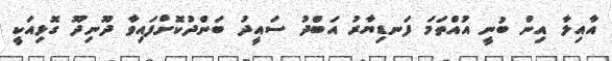
އާއިލާ އިން ބުނީ އުއްތަމަ ފަނޑިޔާރު އަބްދު ސައީދު ބަންދުކޮށްފައިވާ ދޫނިދޫ ގޮޅިއަކީ